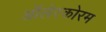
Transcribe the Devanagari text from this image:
ऑलेरकोरम